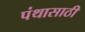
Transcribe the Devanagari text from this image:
पंथासाठी